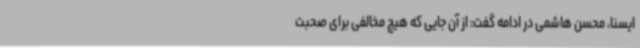
ایسنا، محسن هاشمی در ادامه گفت: از آن جایی که هیچ مخالفی برای صحبت